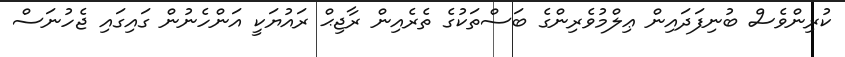
ކުރިންވެސް ބުނިފަދައިން ޢިލްމުވެރިންގެ ބަސްތަކުގެ ތެރެއިން ރާޖިޙް ރައުޔަކީ އަންހެނުން ގައިގައި ޖެހުނަސް